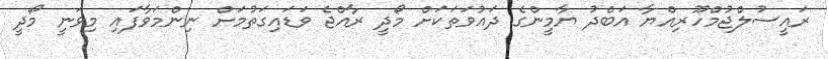
ރައީސުލްޖުމްހޫރިއްޔާ އަބްދު ޔާމީންގެ ދައުވަތަކަށް މޯދީ ރާއްޖެ ވަޑައިގަތުމަށް ނިންމަވާފައި މިވަނީ މޯދީ